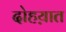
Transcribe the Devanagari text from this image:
दोहय़ात